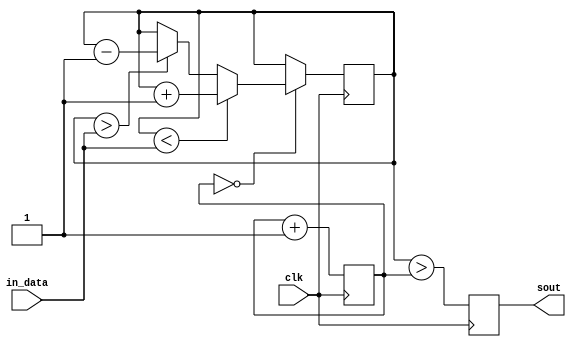
module vca_pwm8dac1(clk, in_data, sout);
			
input clk; 
input [7:0] in_data; 
output reg sout;
reg [7:0] saved_data;

reg [7:0] cnt;

initial begin
	cnt <= 8'd0;
	sout <= 0;
	saved_data <= 8'd0;
end

always @(posedge clk) begin
	cnt  <= cnt + 1'b1;
	sout <= (saved_data>cnt);
	if (cnt==8'd0) begin
		if (saved_data<in_data) begin
			saved_data <= saved_data + 1'b1;
		end else if (saved_data>in_data) begin
			saved_data <= saved_data - 1'b1;
		end
	end
end

endmodule